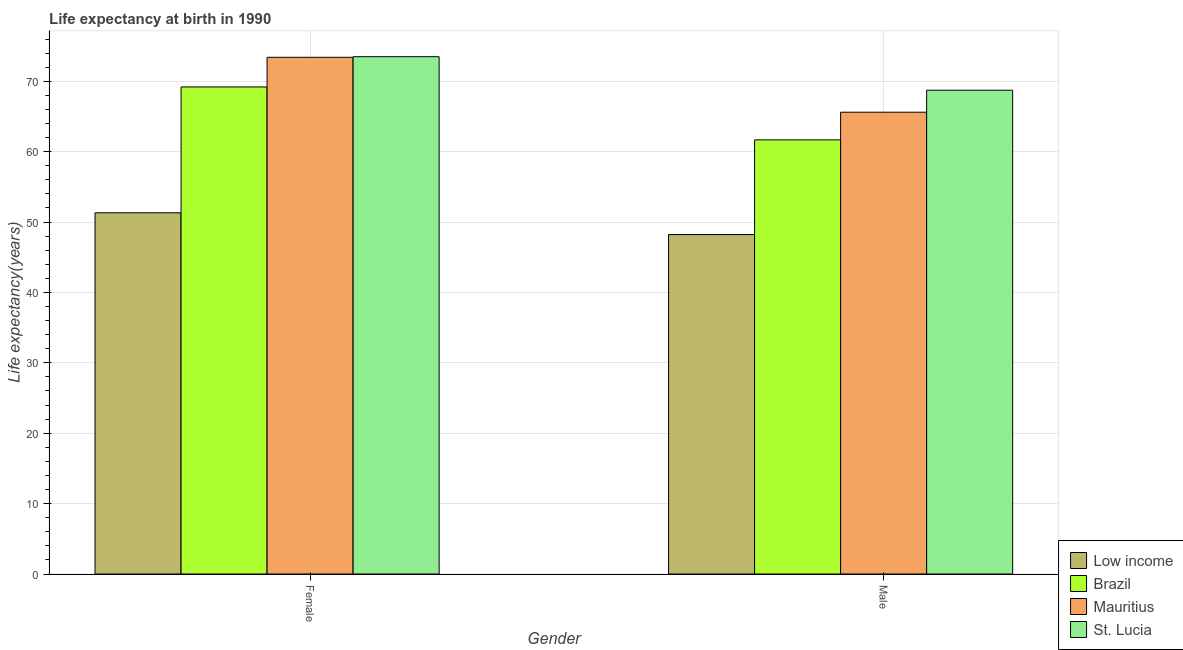
| Gender | Low income | Brazil | Mauritius | St. Lucia |
 | --- | --- | --- | --- | --- |
 | Female | 51.3 | 69.2 | 73.4 | 73.5 |
 | Male | 48.2 | 61.7 | 65.6 | 68.7 |